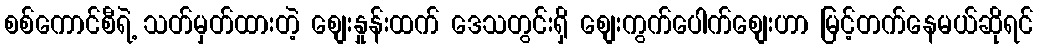
စစ်ကောင်စီရဲ့ သတ်မှတ်ထားတဲ့ စျေးနှုန်းထက် ဒေသတွင်းရှိ စျေးကွက်ပေါက်စျေးဟာ မြင့်တက်နေမယ်ဆိုရင်